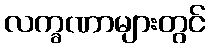
လက္ခဏာများတွင်